Bulletin of the Pasteur Institute of Southern India, Coonoor - No. 1.
Year: 1908
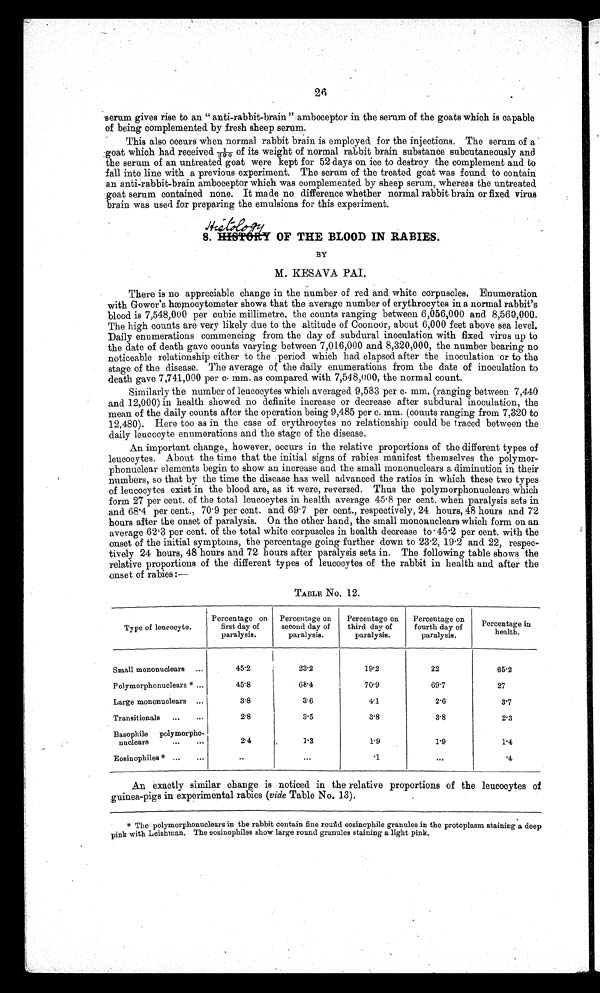
26
serum gives rise to an " anti-rabbit-brain " amboceptor in the serum of the goats which is capable
of being complemented by fresh sheep serum.
This also occurs when normal rabbit brain is employed for the injections. The serum of a
goat which had received 1/390 of its weight of normal rabbit brain substance subcutaneously and
the serum of an untreated goat were kept for 52 days on ice to destroy the complement and to
fall into line with a previous experiment. The serum of the treated goat was found to contain
an anti-rabbit-brain amboceptor which was complemented by sheep serum, whereas the untreated
goat serum contained none. It made no difference whether normal rabbit brain or fixed virus
brain was used for preparing the emulsions for this experiment.
8. Hi s t ol ogy OF THE BLOOD I N RABI ES .
BY
M. KESAVA PAI.
There is no appreciable change in the number of red and white corpuscles. Enumeration
with Gower's hæmocytometer shows that the average number of erythrocytes in a normal rabbit's
blood is 7,548,000 per cubic millimetre, the counts ranging between 6,056,000 and 8,560,000.
The high counts are very likely due to the altitude of Coonoor, about 6,000 feet above sea level.
Daily enumerations commencing from the day of subdural inoculation with fixed virus up to
the date of death gave counts varying between 7,016,000 and 8,320,000, the number bearing no
noticeable relationship either to the period which had elapsed after the inoculation or to the
stage of the disease. The average of the daily enumerations from the date of inoculation to
death gave 7,741,000 per c. mm. as compared with 7,548,000, the normal count.
Similarly the number of leucocytes which averaged 9,583 per c. mm. (ranging between 7,440
and 12,000) in health showed no definite increase or decrease after subdural inoculation, the
mean of the daily counts after the operation being 9,485 per c. mm. (counts ranging from 7,320 to
12,480). Here too as in the case of erythrocytes no relationship could be traced between the
daily leucocyte enumerations and the stage of the disease.
An important change, however, occurs in the relative proportions of the different types of
leucocytes. About the time that the initial signs of rabies manifest themselves the polymor-
phonuclear elements begin to show an increase and the small mononuclears a diminution in their
numbers, so that by the time the disease has well advanced the ratios in which these two types
of leucocytes exist in the blood are, as it were, reversed. Thus the polymorphonuclears which
form 27 per cent. of the total leucocytes in health average 45•8 per cent. when paralysis sets in
and 68•4 per cent., 70•9 per cent. and 69•7 per cent., respectively, 24 hours, 48 hours and 72
hours after the onset of paralysis. On the other hand, the small mononuclears which form on an
average 62•3 per cent. of the total white corpuscles in health decrease to 45•2 per cent. with the
onset of the initial symptoms, the percentage going further down to 23•2, 19•2 and 22, respec-
tively 24 hours, 48 hours and 72 hours after paralysis sets in. The following table shows the
relative proportions of the different types of leucocytes of the rabbit in health and after the
onset of rabies :—
TABLE No. 12.
Percentage in
health.
Type of leucocyte.
Percentage on
first day of
paralysis.
Percentage on
second day of
paralysis.
Percentage on
third day of
paralysis.
Percentage on
fourth day of
paralysis.
Small mononuclears
...
45•2
23•2
19•2
22
65•2
Polymorphonuclears* ...
45•8
68•4
70•9
69•7
27
Large mononuclears
...
3•8
3•6
4 • 1
2•6
3•7
Transitionals
...
. .
2•8
3•5
3•8
3•8
2•3
Basophile
poly morpho
nuclear
.
2•4
1•3
1•9
1 • 9
1•4
Eosinophiles* ...
...
..
...
• 1
•••
•4
An exactly similar change is noticed in the relative proportions of the leucocytes of
guinea-pigs in experimental rabies (vide Table No. 13).
* The polymorphonuclears in the rabbit contain fine round eosinophile granules in the protoplasm staining a deep
pink with Leishman. The eosinophiles show large round granules staining a light pink.